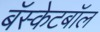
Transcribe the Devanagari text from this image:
बॅस्केटबॉल